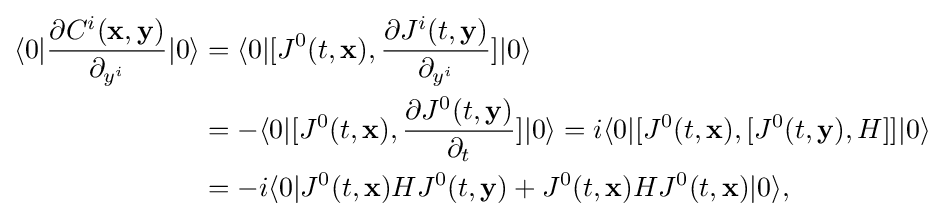
{\begin{aligned}\langle 0|{\frac {\partial C^{i}(\mathbf {x} ,\mathbf {y} )}{\partial _{y^{i}}}}|0\rangle &=\langle 0|[J^{0}(t,\mathbf {x} ),{\frac {\partial J^{i}(t,\mathbf {y} )}{\partial _{y^{i}}}}]|0\rangle \\&=-\langle 0|[J^{0}(t,\mathbf {x} ),{\frac {\partial J^{0}(t,\mathbf {y} )}{\partial _{t}}}]|0\rangle =i\langle 0|[J^{0}(t,\mathbf {x} ),[J^{0}(t,\mathbf {y} ),H]]|0\rangle \\&=-i\langle 0|J^{0}(t,\mathbf {x} )HJ^{0}(t,\mathbf {y} )+J^{0}(t,\mathbf {x} )HJ^{0}(t,\mathbf {x} )|0\rangle ,\end{aligned}}